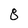
Character: 8